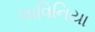
લાવિનિયા